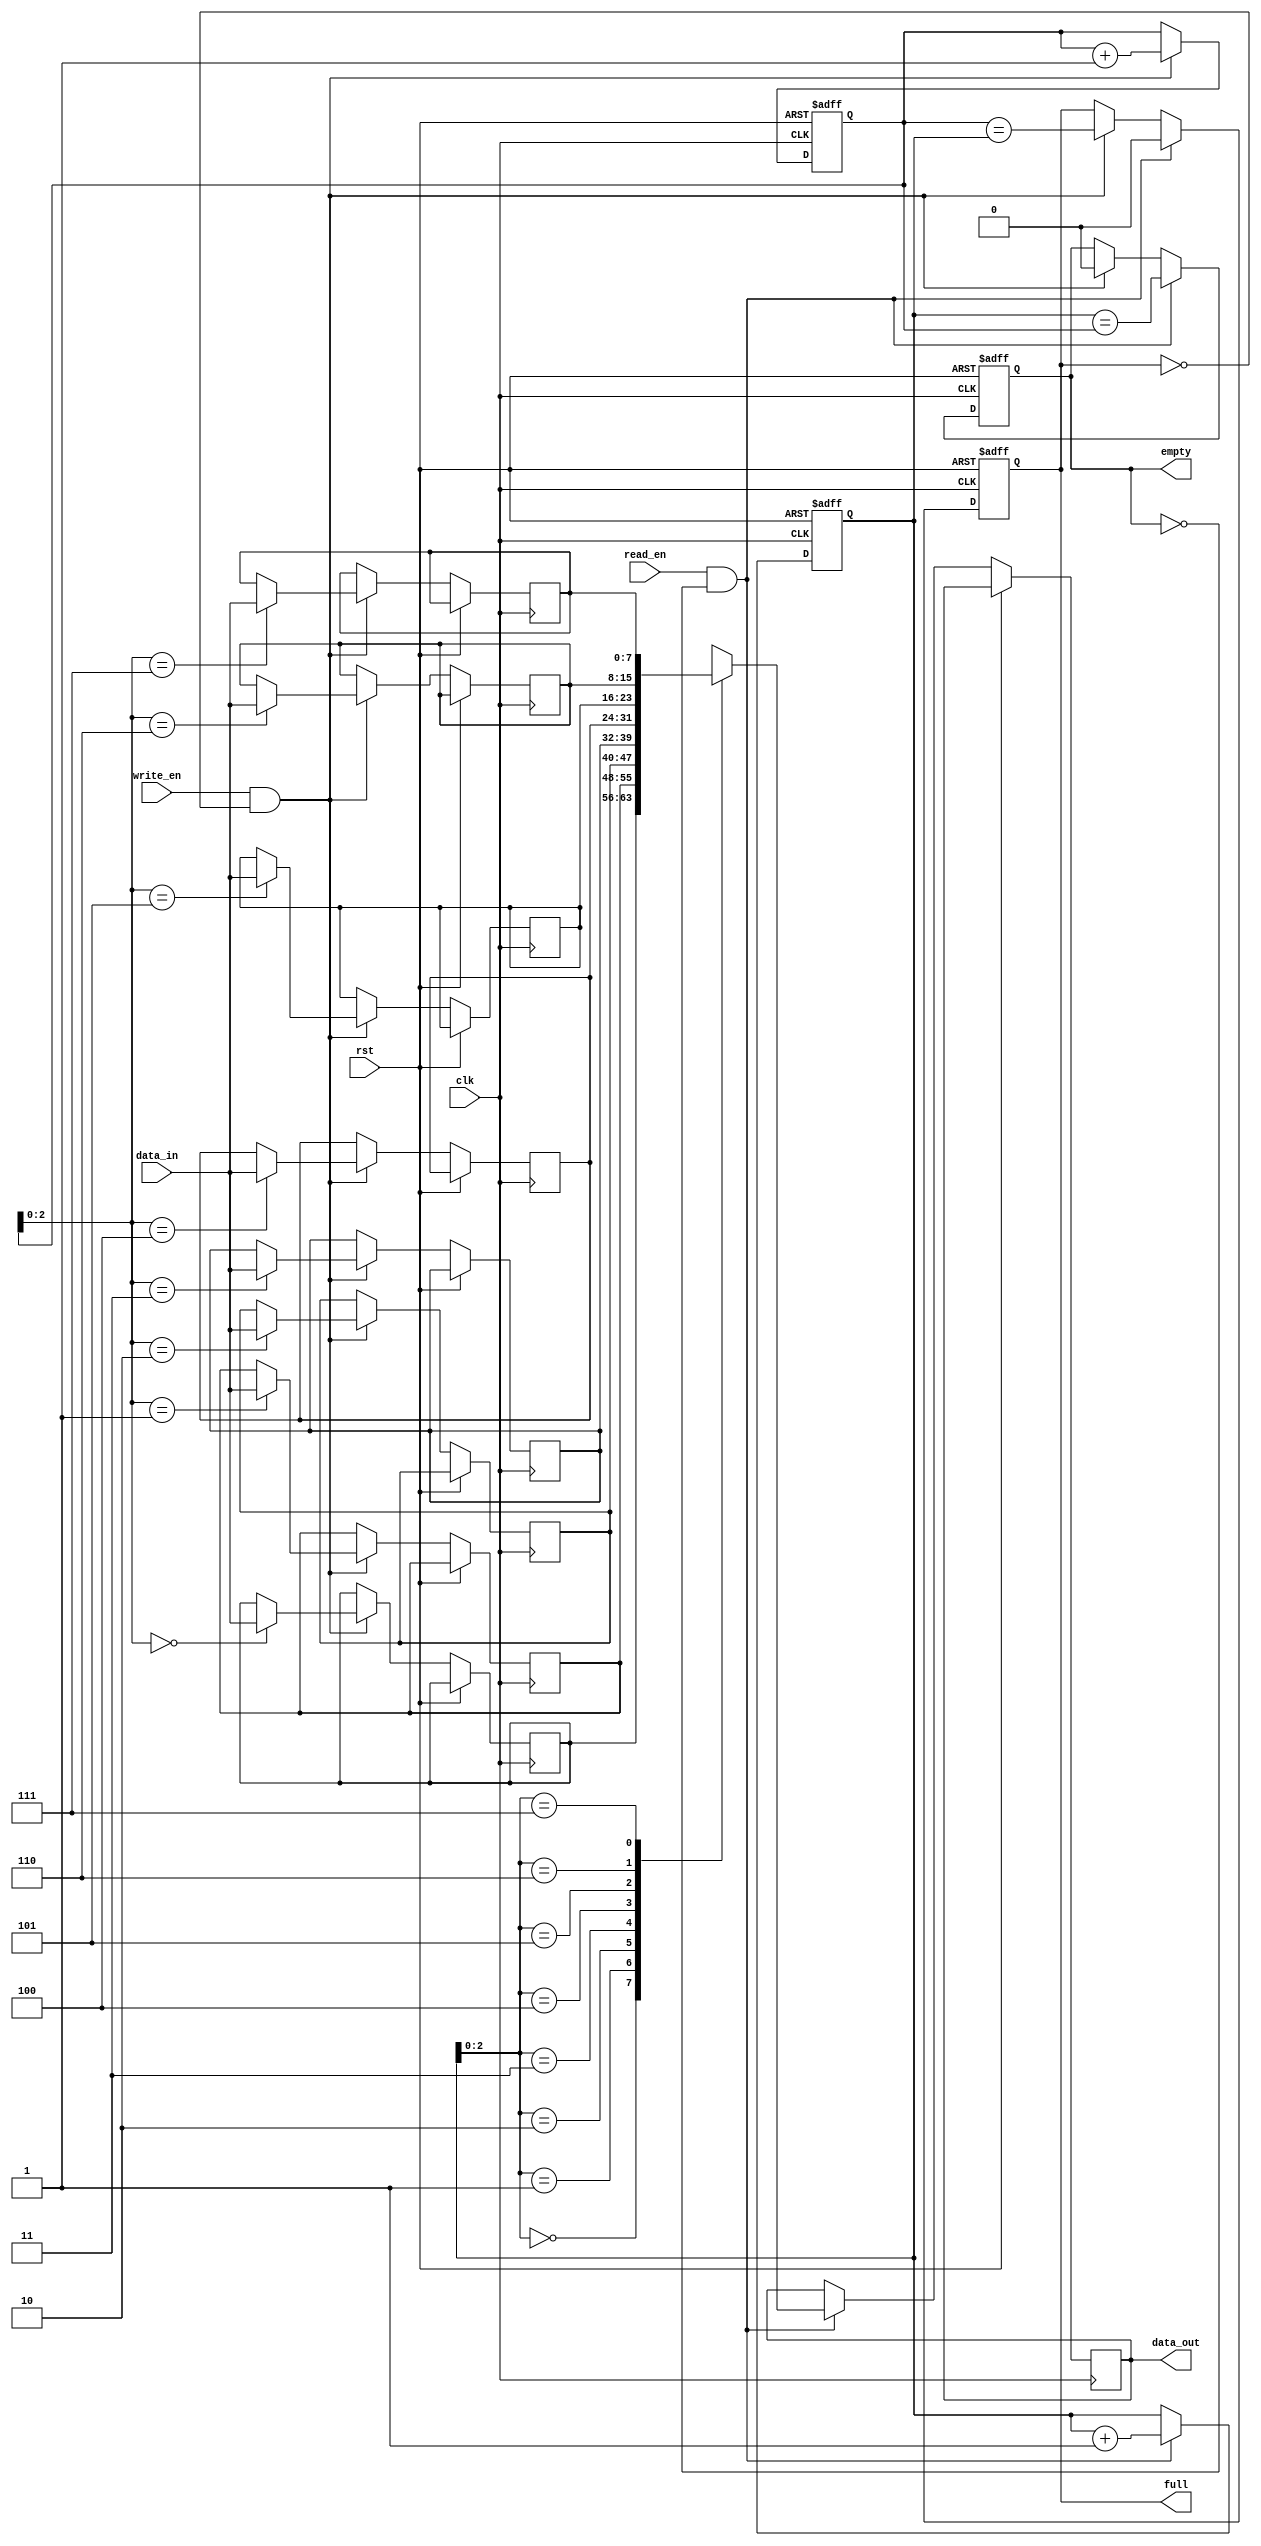
module fifo (
    input wire clk,
    input wire rst,
    input wire write_en,
    input wire read_en,
    input wire [DATA_WIDTH-1:0] data_in,
    output reg [DATA_WIDTH-1:0] data_out,
    output reg full,
    output reg empty
);

parameter DEPTH = 8; // Depth of the FIFO
parameter DATA_WIDTH = 8; // Width of each data item

reg [DATA_WIDTH-1:0] memory [0:DEPTH-1];
reg [DEPTH-1:0] write_ptr, read_ptr;

always @(posedge clk or posedge rst) begin
    if (rst) begin
        write_ptr <= 0;
        read_ptr <= 0;
        full <= 0;
        empty <= 1;
    end else begin
        if (write_en && !full) begin
            memory[write_ptr] <= data_in;
            write_ptr <= write_ptr + 1;
            full <= (write_ptr == read_ptr);
            empty <= 0;
        end
        if (read_en && !empty) begin
            data_out <= memory[read_ptr];
            read_ptr <= read_ptr + 1;
            empty <= (read_ptr == write_ptr);
            full <= 0;
        end
    end
end

endmodule